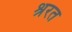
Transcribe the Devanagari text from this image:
श्ररत